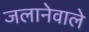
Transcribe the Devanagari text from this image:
जलानेवाले